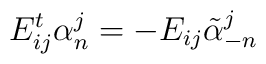
E_{ij}^{t}\alpha_{n}^{j}=- E_{ij}\tilde{\alpha}_{-n}^{j}